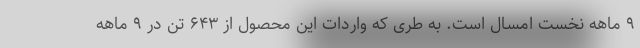
۹ ماهه نخست امسال است. به طری که واردات این محصول از ۶۴۳ تن در ۹ ماهه